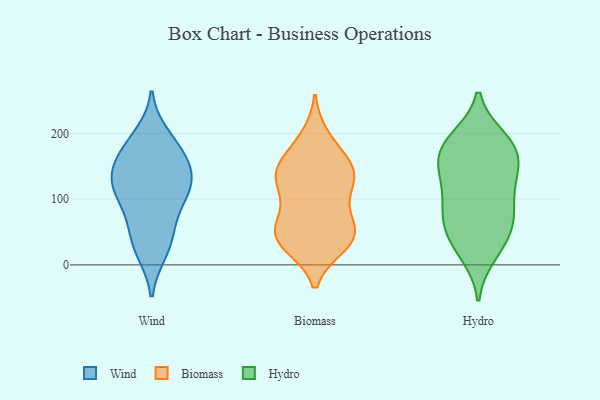
{"axis": {"x": "Gross Profit (USD K)", "y": "Value"}, "legend": ["Biomass", "Hydro", "Wind"], "data": [{"x": "", "y": 175, "type": "Wind"}, {"x": "", "y": 112, "type": "Wind"}, {"x": "", "y": 98, "type": "Wind"}, {"x": "", "y": 20, "type": "Wind"}, {"x": "", "y": 158, "type": "Wind"}, {"x": "", "y": 140, "type": "Wind"}, {"x": "", "y": 154, "type": "Wind"}, {"x": "", "y": 67, "type": "Wind"}, {"x": "", "y": 56, "type": "Wind"}, {"x": "", "y": 114, "type": "Wind"}, {"x": "", "y": 158, "type": "Wind"}, {"x": "", "y": 198, "type": "Wind"}, {"x": "", "y": 115, "type": "Wind"}, {"x": "", "y": 191, "type": "Wind"}, {"x": "", "y": 113, "type": "Wind"}, {"x": "", "y": 133, "type": "Wind"}, {"x": "", "y": 18, "type": "Wind"}, {"x": "", "y": 44, "type": "Wind"}, {"x": "", "y": 58, "type": "Biomass"}, {"x": "", "y": 69, "type": "Biomass"}, {"x": "", "y": 101, "type": "Biomass"}, {"x": "", "y": 195, "type": "Biomass"}, {"x": "", "y": 150, "type": "Biomass"}, {"x": "", "y": 59, "type": "Biomass"}, {"x": "", "y": 185, "type": "Biomass"}, {"x": "", "y": 51, "type": "Biomass"}, {"x": "", "y": 146, "type": "Biomass"}, {"x": "", "y": 39, "type": "Biomass"}, {"x": "", "y": 29, "type": "Biomass"}, {"x": "", "y": 29, "type": "Biomass"}, {"x": "", "y": 131, "type": "Biomass"}, {"x": "", "y": 31, "type": "Biomass"}, {"x": "", "y": 144, "type": "Biomass"}, {"x": "", "y": 109, "type": "Biomass"}, {"x": "", "y": 121, "type": "Biomass"}, {"x": "", "y": 48, "type": "Biomass"}, {"x": "", "y": 149, "type": "Biomass"}, {"x": "", "y": 141, "type": "Biomass"}, {"x": "", "y": 165, "type": "Hydro"}, {"x": "", "y": 139, "type": "Hydro"}, {"x": "", "y": 28, "type": "Hydro"}, {"x": "", "y": 35, "type": "Hydro"}, {"x": "", "y": 72, "type": "Hydro"}, {"x": "", "y": 173, "type": "Hydro"}, {"x": "", "y": 70, "type": "Hydro"}, {"x": "", "y": 96, "type": "Hydro"}, {"x": "", "y": 139, "type": "Hydro"}, {"x": "", "y": 189, "type": "Hydro"}, {"x": "", "y": 70, "type": "Hydro"}, {"x": "", "y": 115, "type": "Hydro"}, {"x": "", "y": 192, "type": "Hydro"}, {"x": "", "y": 168, "type": "Hydro"}, {"x": "", "y": 64, "type": "Hydro"}, {"x": "", "y": 129, "type": "Hydro"}, {"x": "", "y": 16, "type": "Hydro"}, {"x": "", "y": 186, "type": "Hydro"}]}